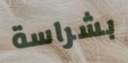
بشراسة